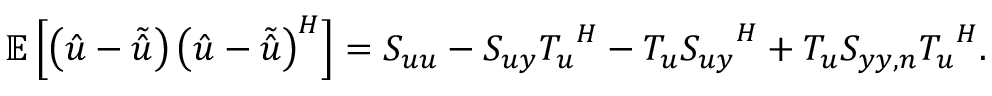
\mathbb { E } \left[ \left( \boldsymbol { \hat { u } } - \boldsymbol { \tilde { \hat { u } } } \right) \left( \boldsymbol { \hat { u } } - \boldsymbol { \tilde { \hat { u } } } \right) ^ { H } \right] = \boldsymbol { S _ { u u } } - \boldsymbol { S _ { u y } } \boldsymbol { T _ { u } } ^ { H } - \boldsymbol { T _ { u } } \boldsymbol { S _ { u y } } ^ { H } + \boldsymbol { T _ { u } } \boldsymbol { S _ { y y , n } } \boldsymbol { T _ { u } } ^ { H } .